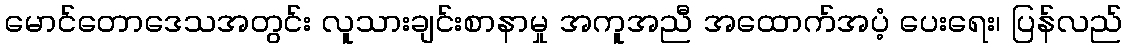
မောင်တောဒေသအတွင်း လူသားချင်းစာနာမှု အကူအညီ အထောက်အပံ့ ပေးရေး၊ ပြန်လည်